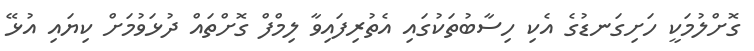
ގޮށްލުމަކީ ހަށިގަނޑުގެ އެކި ހިސާބުތަކުގައި އެތުރިފައިވާ ލިމްފް ގޮށްތައް ދުޅަވުމަށް ކިޔައި އުޅޭ